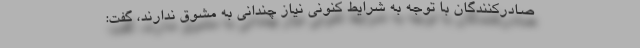
صادرکنندگان با توجه به شرایط کنونی نیاز چندانی به مُشوق‌ ندارند، گفت: